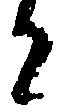
と